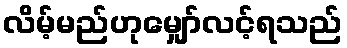
လိမ့်မည်ဟုမျှော်လင့်ရသည်